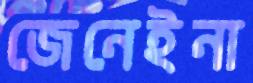
জেনেইনা